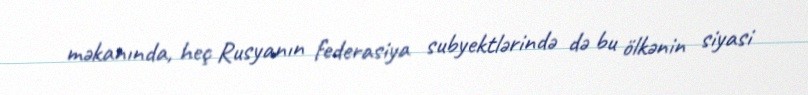
məkanında, heç Rusyanın federasiya subyektlərində də bu ölkənin siyasi